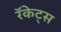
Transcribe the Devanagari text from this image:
रॅकेट्स